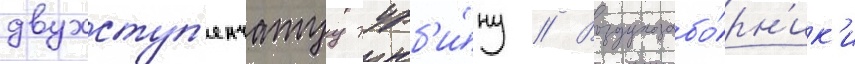
двухступ'енчатуу турб'и́ну // Воздухозабо́рн'ик'и